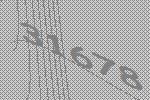
31678